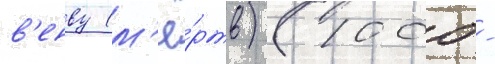
в'енву (м'ё́ртв) (1000 -